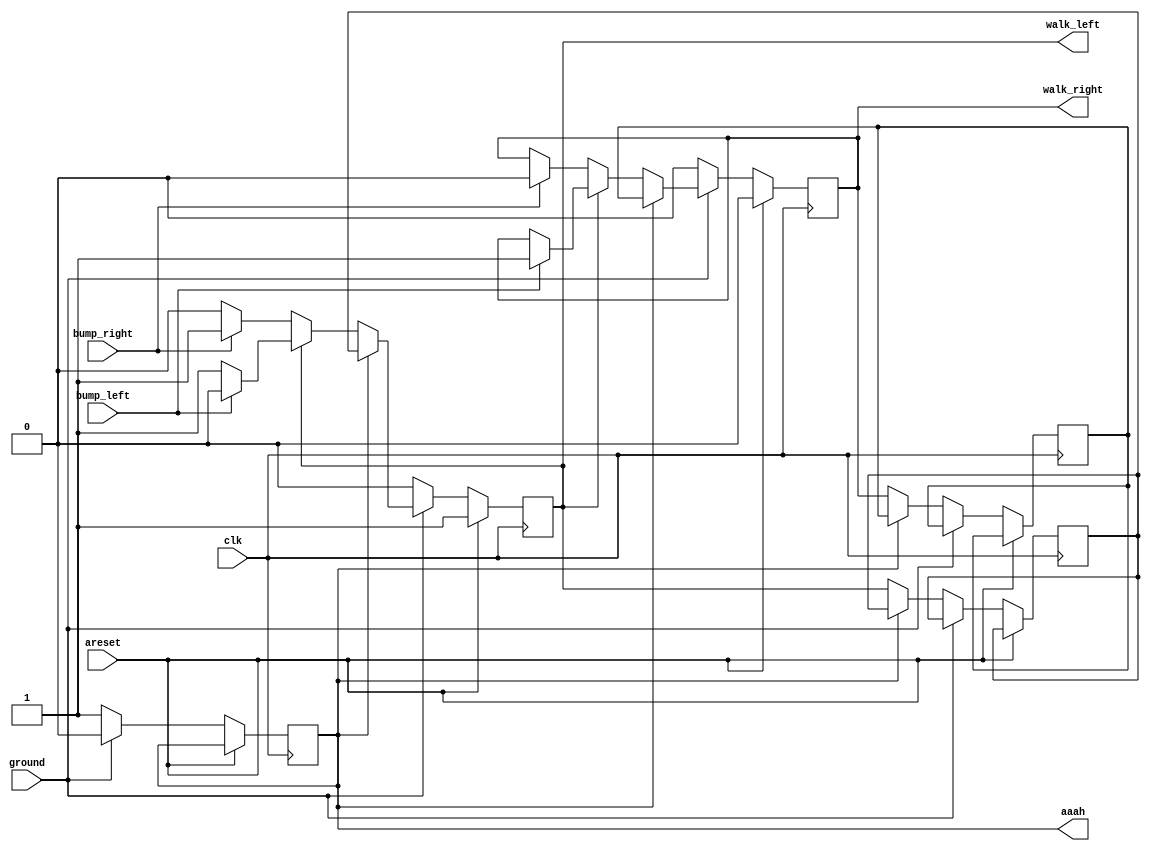
module top_module(
    input clk,
    input areset,    // Freshly brainwashed Lemmings walk left.
    input bump_left,
    input bump_right,
    input ground,
    output reg walk_left,
    output reg walk_right,
    output reg aaah );
    reg walk_temp[1:0];
    initial begin
        walk_left = 1;
        walk_right = 0;
        aaah = 0;
        walk_temp[0] = walk_left;
        walk_temp[1] = walk_right;
    end
    always @(posedge clk) begin
        if(areset)begin
            walk_left=1;
            walk_right=0;
        end
        else begin
            if(ground==0) begin
                if(aaah == 0) begin
                    walk_temp[0] = walk_left;
                    walk_temp[1] = walk_right; 
                    aaah = 1;
                end
                walk_left = 0;
                walk_right = 0;
            end
            else begin
                if(aaah == 1) begin
                    walk_left = walk_temp[0];
                    walk_right = walk_temp[1]; 
                    aaah = 0;
                end
                else begin
                    if(walk_left) begin
                        if(bump_left) begin
                            walk_left = 0;
                            walk_right = 1;
                        end
                    end
                    else begin
                        if(bump_right) begin
                            walk_left = 1;
                            walk_right = 0;
                        end
                    end
                end
            end
        end
    end
endmodule